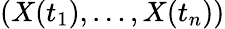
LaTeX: (X(t_{1}),\ldots,X(t_{n}))